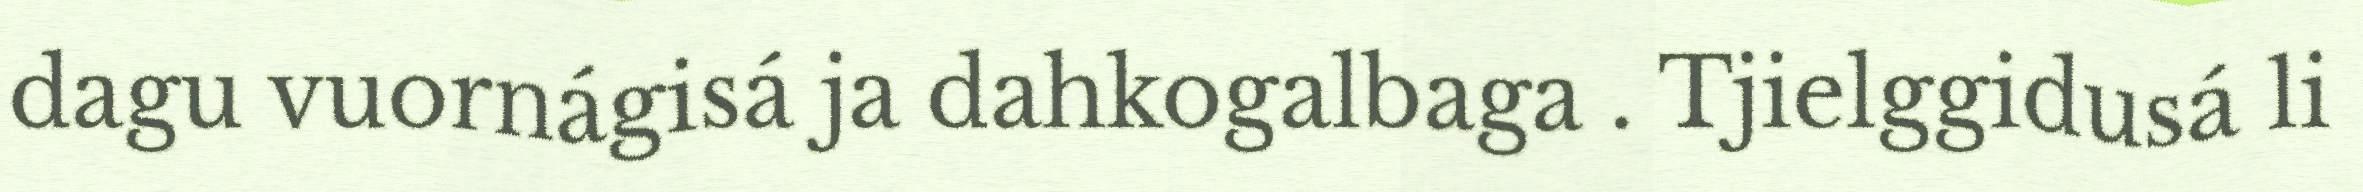
dagu vuornágisá ja dahkogalbaga . Tjielggidusá li